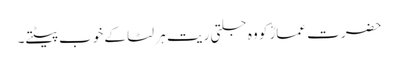
حضرت عمارؓ کو وہ جلتی ریت ہر لٹا کے خوب پیٹتے۔